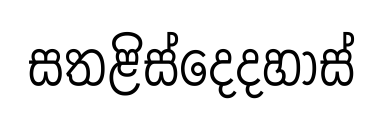
සතළිස්දෙදහාස්